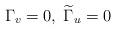
LaTeX: \begin{align*}\Gamma_v =0, \; \widetilde{\Gamma}_u =0\end{align*}